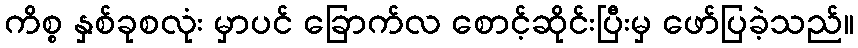
ကိစ္စ နှစ်ခုစလုံး မှာပင် ခြောက်လ စောင့်ဆိုင်းပြီးမှ ဖော်ပြခဲ့သည်။